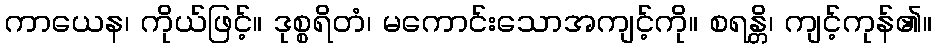
ကာယေန၊ ကိုယ်ဖြင့်။ ဒုစ္စရိတံ၊ မကောင်းသောအကျင့်ကို။ စရန္တိ၊ ကျင့်ကုန်၏။